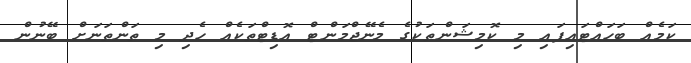
ކަމެއް ބަހައްޓައިފައި މި ކޮމިޝަންތަކުގެ މެނޭޖްމަންޓް އޮޑިޓްތަކެއް ހެދި މި ތަންތަނަށް ބޭނުން